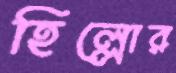
হিল্লোর